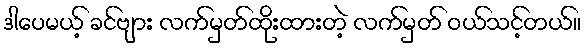
ဒါပေမယ့် ခင်ဗျား လက်မှတ်ထိုးထားတဲ့ လက်မှတ် ဝယ်သင့်တယ်။